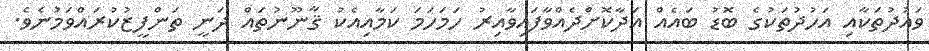
ވައުދުތަކާއި އަހުދުތަކުގެ ބޮޑު ބައެއް އަދާކޮށްދެއްވާފައިވާއިރު ހަމަހަމަ ކަމާއިއެކު ޤާނޫނުތައް ދަނީ ތަންފީޒުކުރައްވަމުނެވެ.